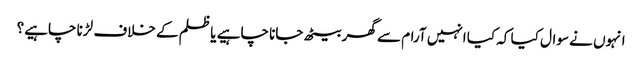
انہوں نے سوال کیا کہ کیا انہیں آرام سے گھر بیٹھ جانا چاہیے یا ظلم کے خلاف لڑنا چاہیے؟